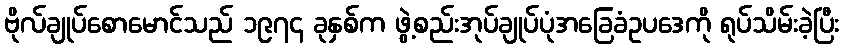
ဗိုလ်ချုပ်စောမောင်သည် ၁၉၇၄ ခုနှစ်က ဖွဲ့စည်းအုပ်ချုပ်ပုံအခြေခံဥပဒေကို ရုပ်သိမ်းခဲ့ပြီး